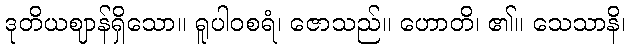
ဒုတိယဈာန်ရှိသော။ ရူပါဝစရံ၊ ဇောသည်။ ဟောတိ၊ ၏။ သေသာနိ၊